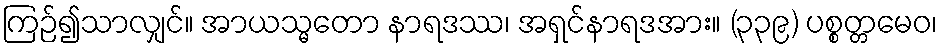
ကြဉ်၍သာလျှင်။ အာယသ္မတော နာရဒဿ၊ အရှင်နာရဒအား။ (၃၃၉) ပစ္စတ္တမေဝ၊